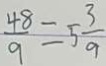
\frac { 4 8 } { 9 } = 5 \frac { 3 } { 9 }